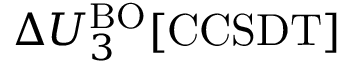
\Delta U _ { 3 } ^ { \mathrm { B O } } [ \mathrm { C C S D T ] }